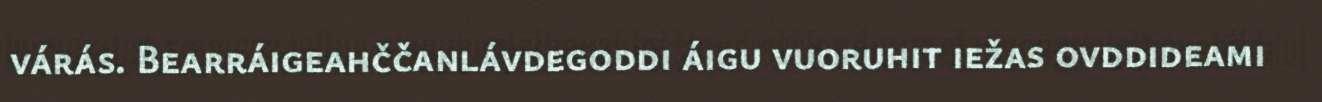
várás. Bearráigeahččanlávdegoddi áigu vuoruhit iežas ovddideami